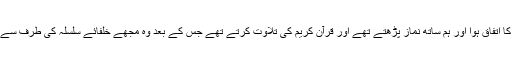
کہتی ہیں مجھے ایک سے زائد مرتبہ ان کے گھر ٹھہرنے کا اتفاق ہوا اور ہم ساتھ نماز پڑھتے تھے اور قرآن کریم کی تلاوت کرتے تھے جس کے بعد وہ مجھے خلفائے سلسلہ کی طرف سے آنے والے خطوط بڑی محبت اور چاہت سے دکھاتی تھیں ۔